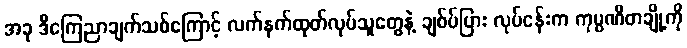
အခု ဒီကြေညာချက်သစ်ကြောင့် လက်နက်ထုတ်လုပ်သူတွေနဲ့ ချစ်ပ်ပြား လုပ်ငန်းက ကုမ္ပဏီတချို့ကို